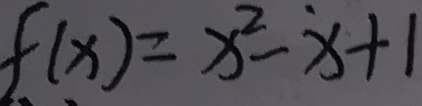
f ( x ) = x ^ { 2 } - \dot { x } + 1